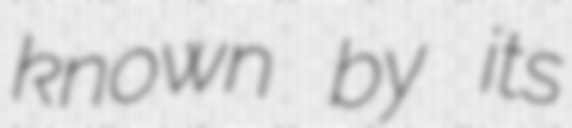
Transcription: known by its